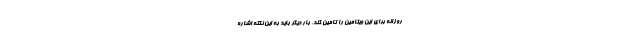
روزانه برای این ویتامین را تامین کند. بار دیگر باید به این نکته اشاره